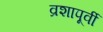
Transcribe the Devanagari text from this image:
व्रशापूर्वी